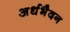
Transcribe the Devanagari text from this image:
अर्धभैदन